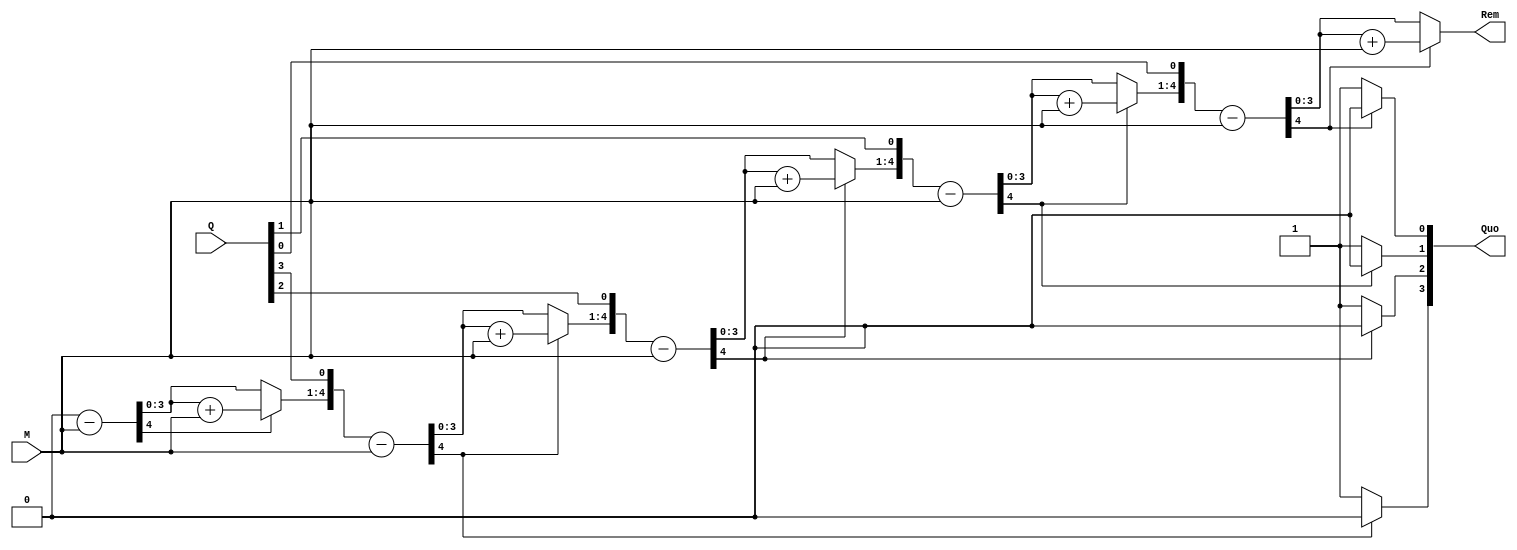
module restoring_div(Q,M,Quo,Rem);
input [3:0]Q,M;           //M=Divisor Q=Dividend
output reg [3:0]Quo=0;
output reg [3:0]Rem=0;;

reg [4:0]a1,b1;         //a1=Quotient //b1=Divisor
reg [4:0]A;
integer i;

always @ (Q or M)
begin
    a1=Q;
	 b1=M;
	 A=0;
for(i=0; i<5; i=i+1)
begin
A={A[3:0],a1[4]};
a1[4:1]=a1[3:0];
A=A-b1;
if(A[4]==1)
           begin
			       a1[0]=0;
			       A=A+b1;
			  end
else
    a1[0]=1;
end
Quo= a1;
Rem= A;
end
endmodule